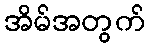
အိမ်အတွက်